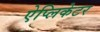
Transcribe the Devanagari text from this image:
ऐप्लिकेटर